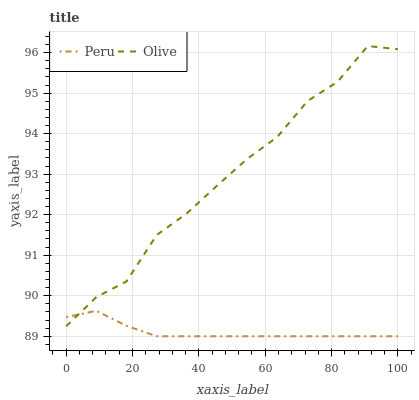
| xaxis_label | Peru | Olive |
 | --- | --- | --- |
 | 0 | 89.5 | 89.2 |
 | 9.09 | 89.6 | 90 |
 | 18.2 | 89.3 | 90.4 |
 | 27.3 | 89 | 91.5 |
 | 36.4 | 89 | 92 |
 | 45.5 | 89 | 92.7 |
 | 54.5 | 89 | 93.4 |
 | 63.6 | 89 | 93.9 |
 | 72.7 | 89 | 94.8 |
 | 81.8 | 89 | 95.3 |
 | 90.9 | 89 | 96.2 |
 | 100 | 89 | 96.1 |